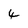
Character: 4